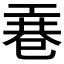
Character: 𭘎